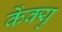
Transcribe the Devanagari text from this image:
केंक्यु